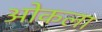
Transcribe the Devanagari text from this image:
ओकला